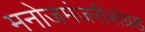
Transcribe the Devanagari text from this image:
मनोजमंजरीसंग्रह